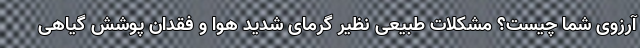
آرزوی شما چیست؟ مشکلات طبیعی نظیر گرمای شدید هوا و فقدان پوشش گیاهی